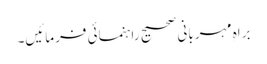
براہِ مہربانی صحیح راہنمائی فرمائیں۔